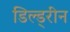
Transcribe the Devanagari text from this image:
डिल्ड्रीन